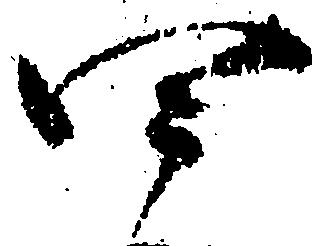
四